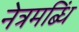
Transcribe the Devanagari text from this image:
नेत्रमब्धिं